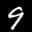
Label: 9